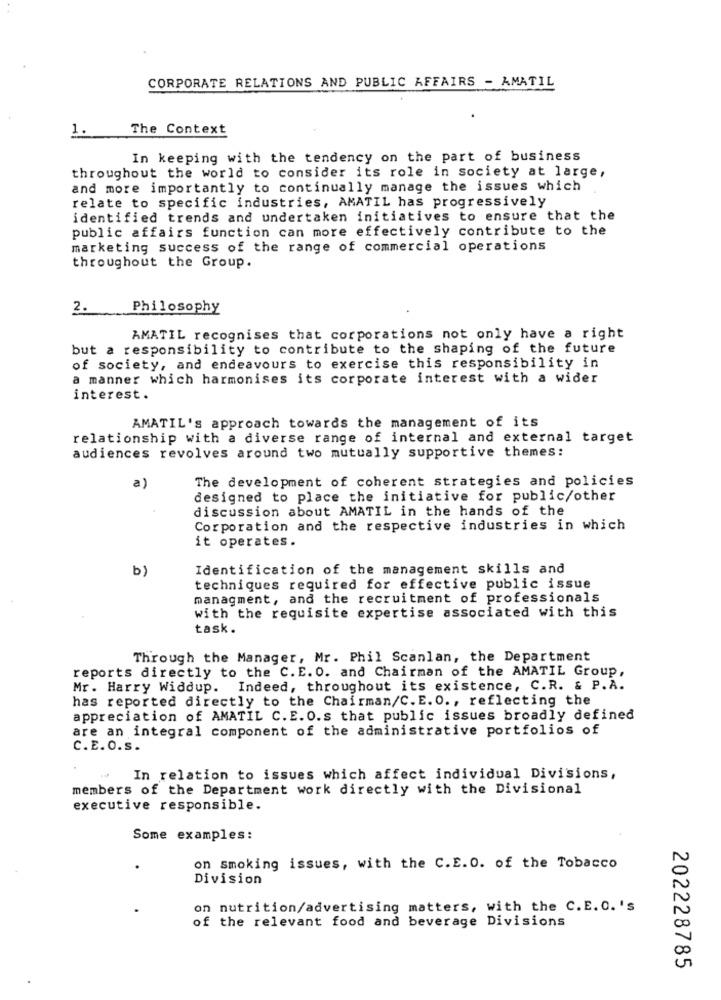
CORPORATE RELATIONS AND PUBLIC AFFAIRS - AMATIL
1.
The Context
In keeping with the tendency on the part of business
throughout the world to consider its role in society at large,
and more importantly to continually manage the issues which
relate to specific industries, AMATIL has progressively
identified trends and undertaken initiatives to ensure that the
public affairs function can more effectively contribute to the
marketing success of the range of commercial operations
throughout the Group.
2.
Philosophy
AMATIL recognises that corporations not only have a right
but a responsibility to contribute to the shaping of the future
of society, and endeavours to exercise this responsibility in
a manner which harmonises its corporate interest with a wider
interest.
AMATIL's approach towards the management of its
relationship with a diverse range of internal and external target
audiences revolves around two mutually supportive themes:
The development of coherent strategies and policies
a)
designed to place the initiative for public/other
discussion about AMATIL in the hands of the
Corporation and the respective industries in which
it operates.
b)
Identification of the management skills and
techniques required for effective public issue
managment, and the recruitment of professionals
with the requisite expertise associated with this
task.
Through the Manager, Mr. Phil Scanlan, the Department
reports directly to the C. E. O. and Chairman of the AMATIL Group,
Mr. Harry Widdup. Indeed, throughout its existence, C.R. & P.A.
has reported directly to the Chairman/C. E. O ., reflecting the
appreciation of AMATIL C. E. O.s that public issues broadly defined
are an integral component of the administrative portfolios of
C.E.O.s.
In relation to issues which affect individual Divisions,
members of the Department work directly with the Divisional
executive responsible.
Some examples:
on smoking issues, with the C.E.O. of the Tobacco
Division
on nutrition/advertising matters, with the C.E. O. 's
of the relevant food and beverage Divisions
202228785